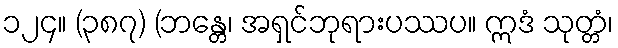
၁၂၄။ (၃၈၇) (ဘန္တေ၊ အရှင်ဘုရားပဿပ။ ဣဒံ သုတ္တံ၊